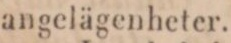
angelägenheter.